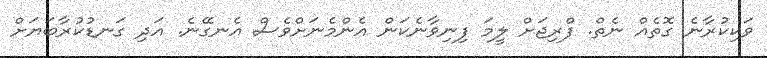
ވަކިކުރާނެ ގޮތެއް ނެތް. ފްރިޖަށް ލީމަ ފިނިވާނެކަން އެންމެނަށްވެސް އެނގޭނެ. އަދި ގަނޑުކުރާބަޔަށް